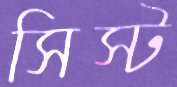
সিস্ট